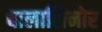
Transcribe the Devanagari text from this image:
बालासिनोर